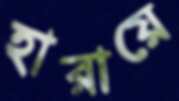
হারায়ে